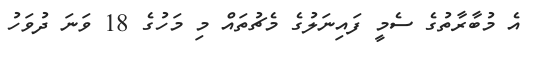
އެ މުބާރާތުގެ ސެމީ ފައިނަލުގެ މެޗުތައް މި މަހުގެ 18 ވަނަ ދުވަހު